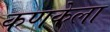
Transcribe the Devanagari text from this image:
कणकेला